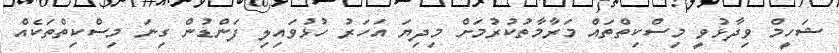
ޝަހީމް ވިދާޅުވީ މިސްކިތްތައް މަރާމާތުކުރުމަށް މިދިޔަ އަހަރު ހުޅުވައިލި ފަންޑުން ގިނަ މިސްކިތްތަކެއް